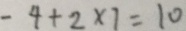
- 4 + 2 \times 7 = 1 0